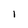
Character: l